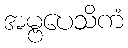
အမ္ဗပေသိကံ